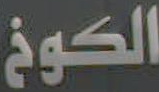
الكوخ